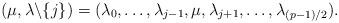
LaTeX: \begin{align*}(\mu,\lambda\backslash\{j\})=(\lambda_0,\dots,\lambda_{j-1},\mu,\lambda_{j+1},\dots,\lambda_{(p-1)/2}).\end{align*}